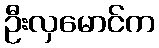
ဦးလှမောင်က